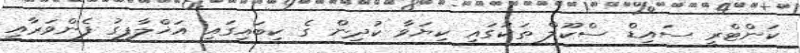
ކަންޓްރީ ސައިޑް ސްކޫލް ތަކުގައި ކިޔަވާ ކުދިން ގެ ކިބައިގައި އަޚްލާފގު ފެންވަރާއި